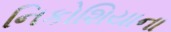
નિકોશિયાના